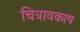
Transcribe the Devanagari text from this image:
चित्रावकाष